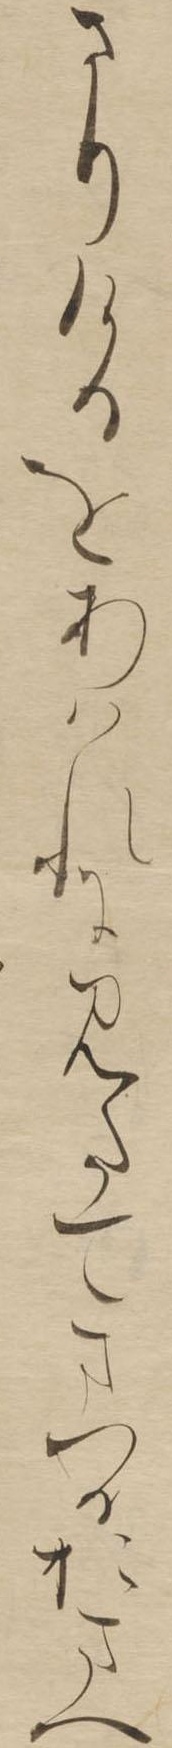
さりけるをあはれにみたてまつるおまへ